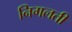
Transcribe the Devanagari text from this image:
निगलती